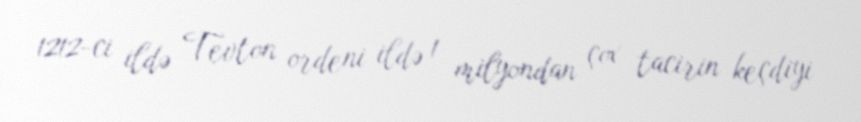
1212-ci ildə Tevton ordeni ildə 1 milyondan çox tacirin keçdiyi